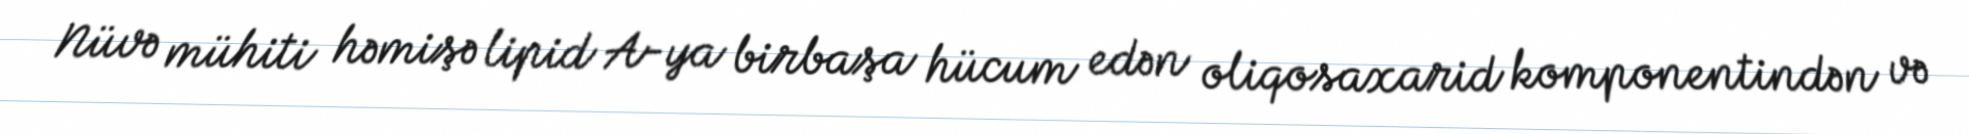
Nüvə mühiti həmişə lipid A-ya birbaşa hücum edən oliqosaxarid komponentindən və